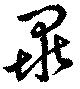
畢